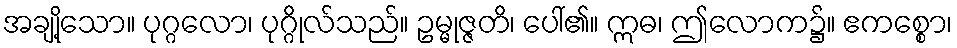
အချို့သော။ ပုဂ္ဂလော၊ ပုဂ္ဂိုလ်သည်။ ဥမ္မုဇ္ဇတိ၊ ပေါ်၏။ ဣဓ၊ ဤလောက၌။ ဧကစ္စော၊